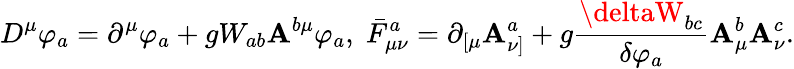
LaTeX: D^{\mu}\varphi_{a}=\partial^{\mu}\varphi_{a}+gW_{ab}\mathbf{A}^{b\mu}\varphi_{a},\; \bar{{F}}_{\mu\nu}^{a}=\partial_{\left[\mu\right.}\mathbf{A}_{\left.\nu\right]}^{a}+g\frac{{\deltaW_{bc}}}{{\delta\varphi_{a}}}\mathbf{A}_{\mu}^{b}\mathbf{A}_{\nu}^{c}.